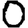
Digit: 0